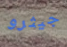
جيثرو